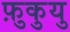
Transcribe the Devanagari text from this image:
फ़ुकुयु